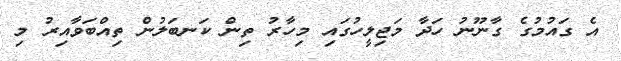
އެ ގައުމުގެ ގާނޫނު ހަދާ މަޖިލީހުގައި މިހާރު ތިން ކަނބަލުން ތިއްބަވާއިރު މި